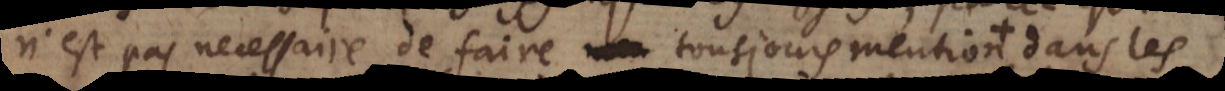
n’est pas necessaire de faire tousjours mention dans les